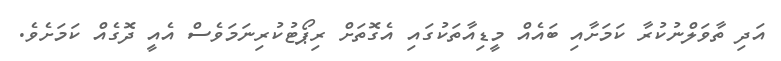
އަދި ތާވަލްނުކުރާ ކަމަށާއި ބައެއް މީޑިއާތަކުގައި އެގޮތަށް ރިޕޯޓުކުރިނަމަވެސް އެއީ ދޮގެއް ކަމަށެވެ.